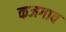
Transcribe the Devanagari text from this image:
कजगाव